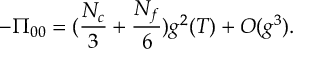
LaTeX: - \Pi _ { 0 0 } = ( \frac { N _ { c } } { 3 } + \frac { N _ { f } } { 6 } ) g ^ { 2 } ( T ) + O ( g ^ { 3 } ) .